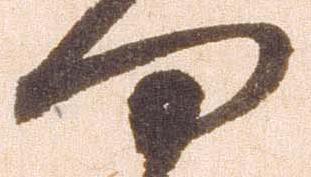
何